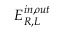
E _ { R , L } ^ { i n , o u t }